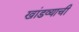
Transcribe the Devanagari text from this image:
खांडव्याची